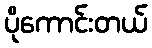
ပိုကောင်းတယ်